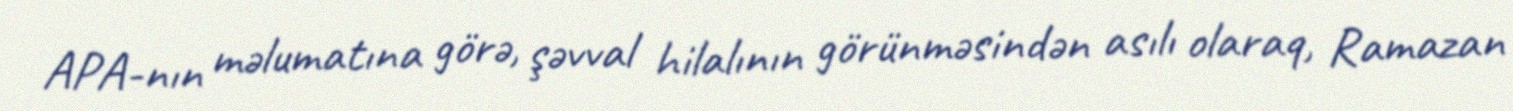
APA-nın məlumatına görə, şəvval hilalının görünməsindən asılı olaraq, Ramazan